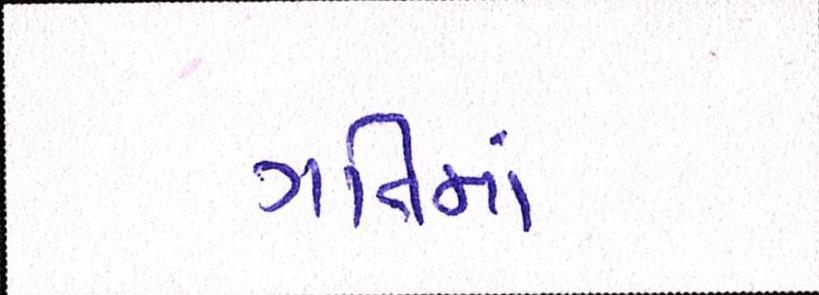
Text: ગતિમાં